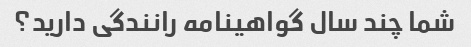
شما چند سال گواهینامه رانندگی دارید؟